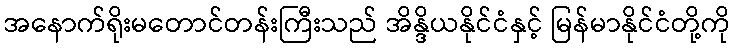
အနောက်ရိုးမတောင်တန်းကြီးသည် အိန္ဒိယနိုင်ငံနှင့် မြန်မာနိုင်ငံတို့ကို